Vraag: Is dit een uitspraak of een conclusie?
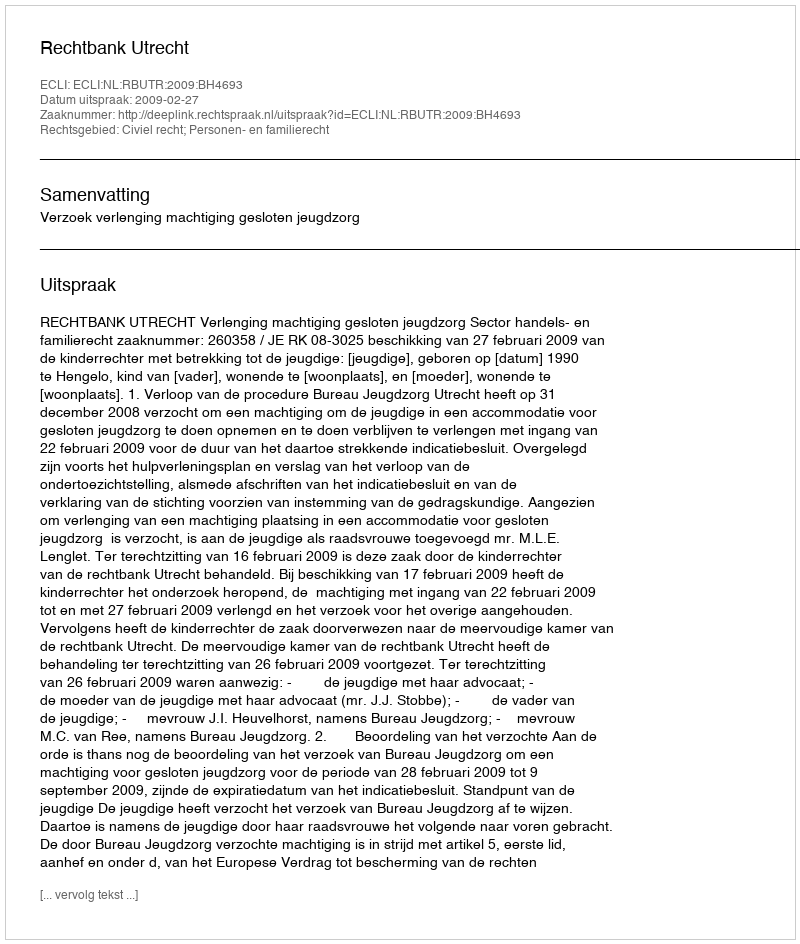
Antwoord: Uitspraak